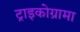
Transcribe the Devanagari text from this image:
ट्राइकोग्रामा